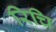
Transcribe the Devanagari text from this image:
रिचि